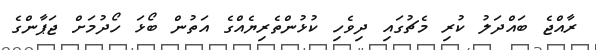
ރާއްޖެ ބައްދަލު ކުރި މެޗުގައި ދިވެހި ކުޅުންތެރިޔެއްގެ އަތުން ބޯޅަ ހޯދުމަށް ޖަޕާންގެ